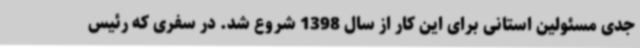
جدی مسئولین استانی برای این کار از سال 1398 شروع شد. در سفری که رئیس